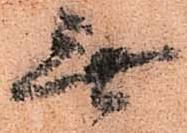
無